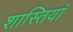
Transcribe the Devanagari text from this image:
शास्तियां